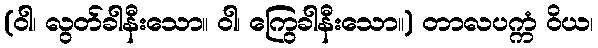
(ဝါ၊ လွတ်ခါနီးသော။ ဝါ၊ ကြွေခါနီးသော။) တာလပက္ကံ ဝိယ၊